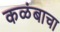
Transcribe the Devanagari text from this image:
कळंबाचा